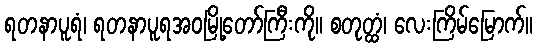
ရတနာပူရံ၊ ရတနာပူရအဝမြို့တော်ကြီးကို။ စတုတ္ထံ၊ လေးကြိမ်မြောက်။